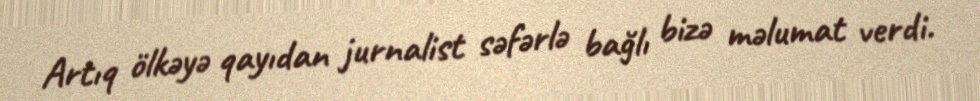
Artıq ölkəyə qayıdan jurnalist səfərlə bağlı bizə məlumat verdi.